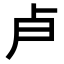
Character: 𭅯